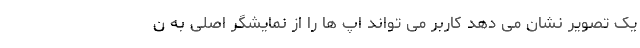
یک تصویر نشان می دهد کاربر می تواند اپ ها را از نمایشگر اصلی به ن